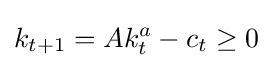
k_{t+1}=Ak_{t}^{a}-c_{t}\geq 0